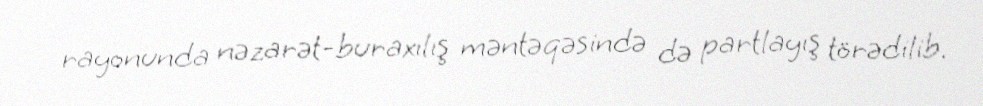
rayonunda nəzarət-buraxılış məntəqəsində də partlayış törədilib.